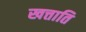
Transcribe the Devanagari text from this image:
खत्ताति